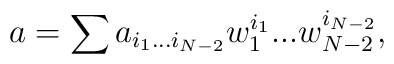
a = \sum a_{i_1 ... i_{N-2}} w_{1}^{i_1} ... w_{N-2}^{i_{N-2}}  ,